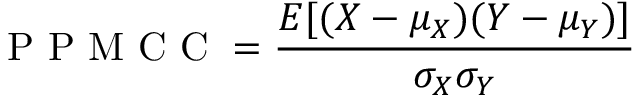
\mathrm { ~ P ~ P ~ M ~ C ~ C ~ } = \frac { E [ ( X - \mu _ { X } ) ( Y - \mu _ { Y } ) ] } { \sigma _ { X } \sigma _ { Y } }